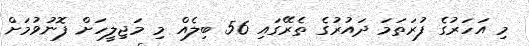
މި އަހަރުގެ ފުރަތަމަ ދައުރުގެ ތެރޭގައި 56 ބިލެއް މި މަޖިލީހަށް ފޮނުވުމަށް